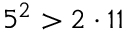
5 ^ { 2 } > 2 \cdot 1 1